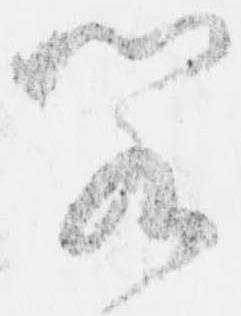
閣